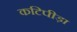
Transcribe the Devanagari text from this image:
कटिपीड़ा